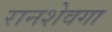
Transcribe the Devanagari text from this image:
रानशेवगा